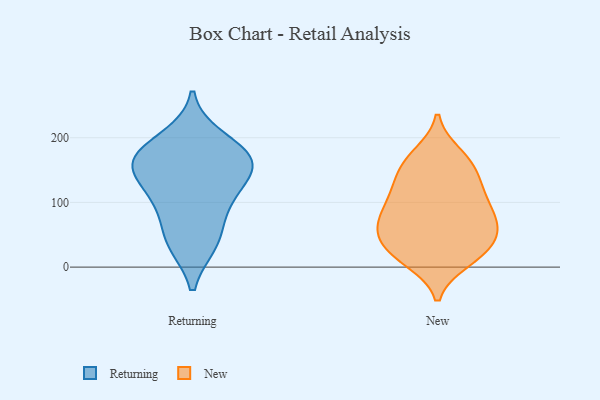
{"axis": {"x": "Churn Rate (%)", "y": "Value"}, "legend": ["New", "Returning"], "data": [{"x": "", "y": 41, "type": "Returning"}, {"x": "", "y": 106, "type": "Returning"}, {"x": "", "y": 161, "type": "Returning"}, {"x": "", "y": 135, "type": "Returning"}, {"x": "", "y": 94, "type": "Returning"}, {"x": "", "y": 199, "type": "Returning"}, {"x": "", "y": 167, "type": "Returning"}, {"x": "", "y": 37, "type": "Returning"}, {"x": "", "y": 162, "type": "Returning"}, {"x": "", "y": 169, "type": "Returning"}, {"x": "", "y": 42, "type": "New"}, {"x": "", "y": 14, "type": "New"}, {"x": "", "y": 107, "type": "New"}, {"x": "", "y": 62, "type": "New"}, {"x": "", "y": 10, "type": "New"}, {"x": "", "y": 122, "type": "New"}, {"x": "", "y": 59, "type": "New"}, {"x": "", "y": 129, "type": "New"}, {"x": "", "y": 76, "type": "New"}, {"x": "", "y": 90, "type": "New"}, {"x": "", "y": 36, "type": "New"}, {"x": "", "y": 158, "type": "New"}, {"x": "", "y": 174, "type": "New"}, {"x": "", "y": 168, "type": "New"}, {"x": "", "y": 18, "type": "New"}, {"x": "", "y": 70, "type": "New"}, {"x": "", "y": 67, "type": "New"}, {"x": "", "y": 28, "type": "New"}, {"x": "", "y": 107, "type": "New"}, {"x": "", "y": 149, "type": "New"}]}